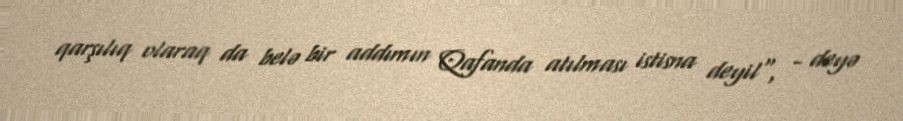
qarşılıq olaraq da belə bir addımın Qafanda atılması istisna deyil", - deyə